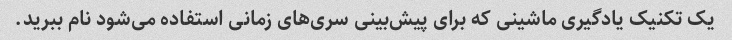
یک تکنیک یادگیری ماشینی که برای پیش‌بینی سری‌های زمانی استفاده می‌شود نام ببرید.